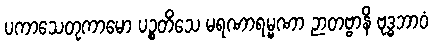
ပကာသေတုကာမော ပဉ္စတိံသေ မရဏာရမ္မဏာ ဉာတဗ္ဗာနိ ဗုဒ္ဓဘာဝံ